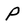
Character: p